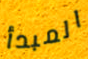
المبدأ